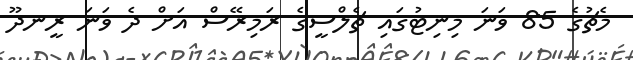
މެޗުގެ 85 ވަނަ މިނިޓުގައި ޗެލްސީގެ ރަމިރޭސް އަށް ދެ ވަނަ ރީނދޫ